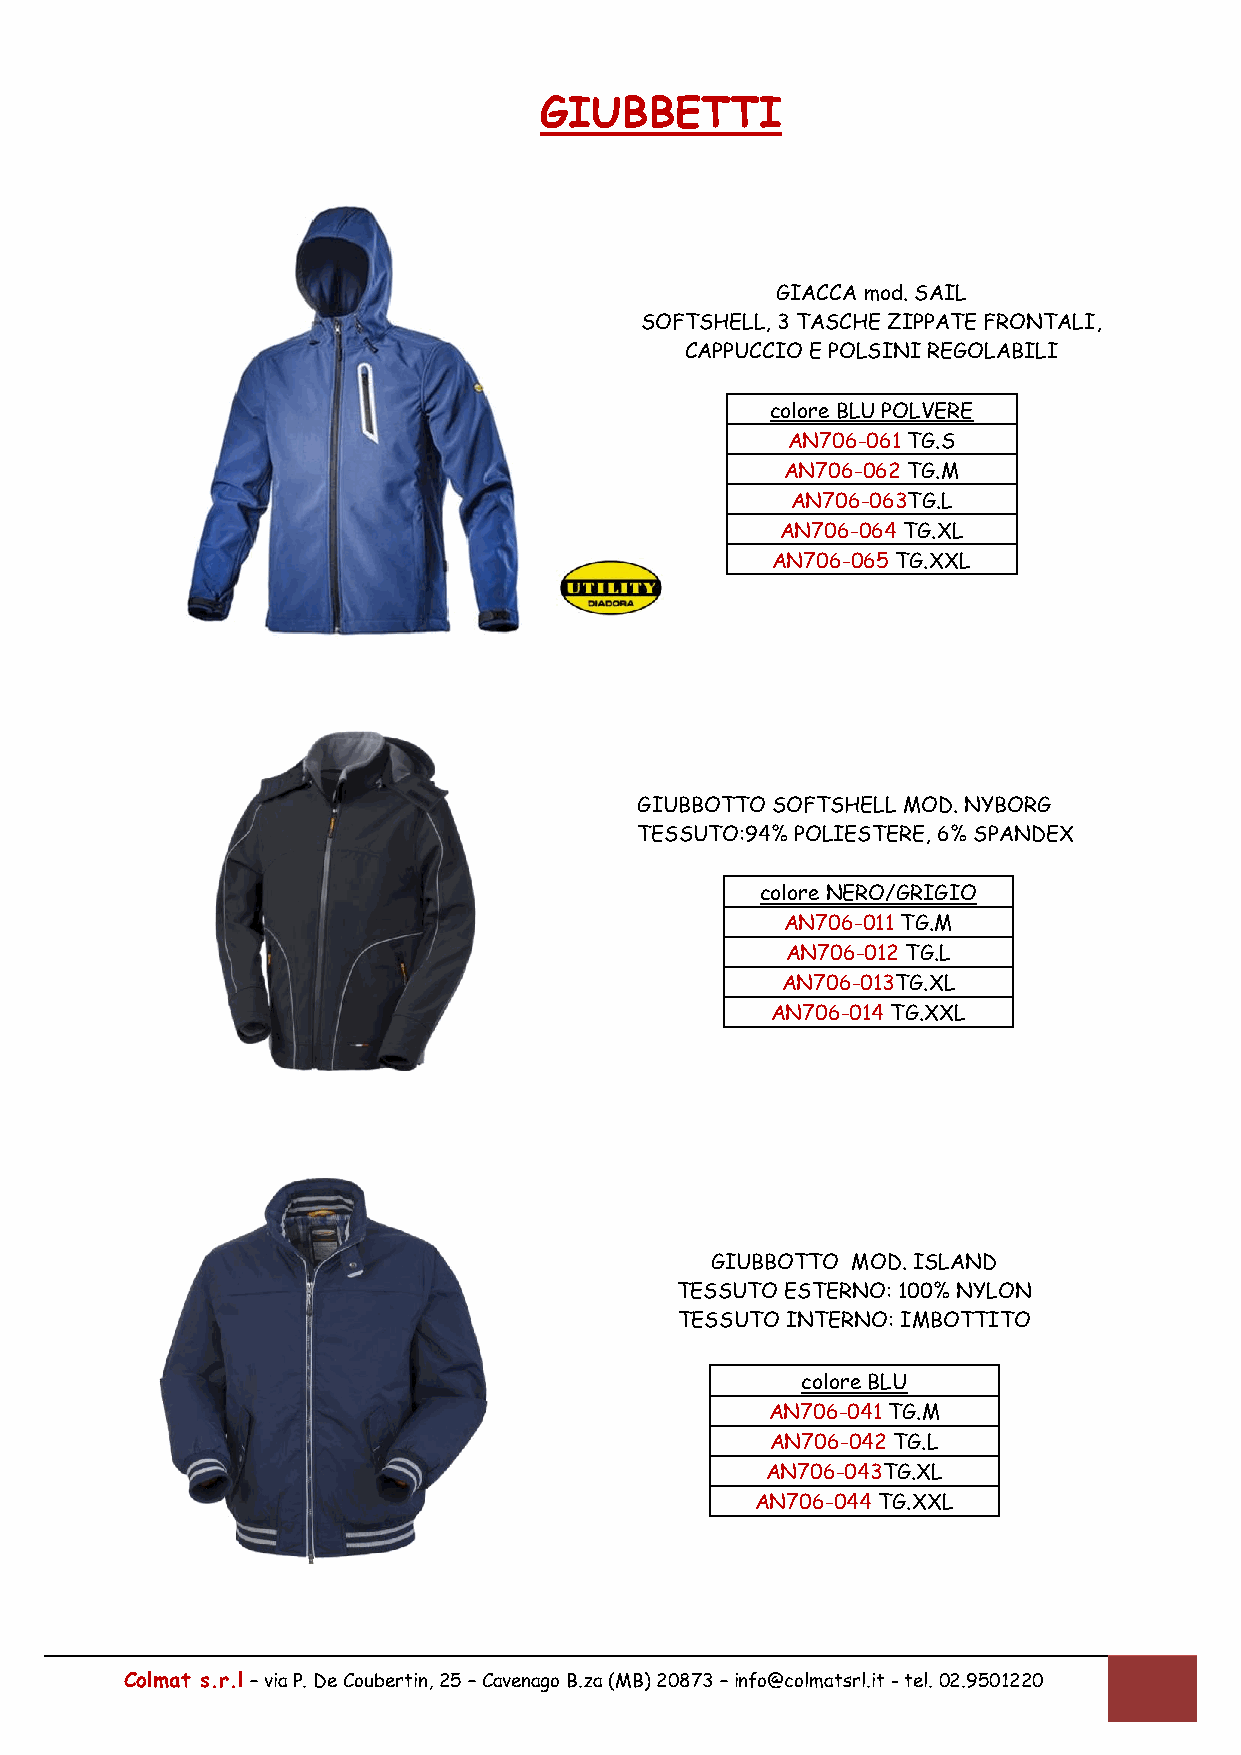
GIUBBETTI
 GIACCA mod. SAIL
 SOFTSHELL, 3 TASCHE ZIPPATE FRONTALI,
 CAPPUCCIO E POLSINI REGOLABILI
 colore BLU POLVERE
 AN706-061 TG.S
 AN706-062 TG.M
 AN706-063TG.L
 AN706-064 TG.XL
 AN706-065 TG.XXL
 GIUBBOTTO SOFTSHELL MOD. NYBORG
 TESSUTO:94% POLIESTERE, 6% SPANDEX
 colore NERO/GRIGIO
 AN706-011 TG.M
 AN706-012 TG.L
 AN706-013TG.XL
 AN706-014 TG.XXL
 GIUBBOTTO MOD. ISLAND
 TESSUTO ESTERNO: 100% NYLON
 TESSUTO INTERNO: IMBOTTITO
 colore BLU
 AN706-041 TG.M
 AN706-042 TG.L
 AN706-043TG.XL
 AN706-044 TG.XXL
 Colmat s.r.l – via P. De Coubertin, 25 – Cavenago B.za (MB) 20873 – info@colmatsrl.it - tel. 02.9501220